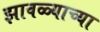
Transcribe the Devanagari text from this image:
झावळ्याच्या